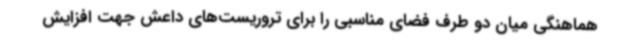
هماهنگی میان دو طرف فضای مناسبی را برای تروریست‌های داعش جهت افزایش